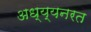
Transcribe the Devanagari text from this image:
अध्य्यनरत